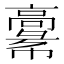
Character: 𩫚